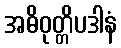
အဓိဝုတ္တိပဒါနံ